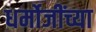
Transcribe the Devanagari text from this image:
धर्मोजींच्या